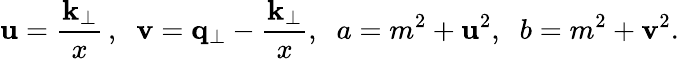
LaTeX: {\mathbf u}={\frac{{\mathbf k}_{\perp}}{x}}\, ,\; \; {\mathbf v}={\mathbf q}_{\perp}-{\frac{{\mathbf k}_{\perp}}{x}},\; \; a=m^{2}+{\mathbf u}^{2},\; \; b=m^{2}+{\mathbf v}^{2}.